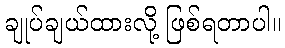
ချုပ်ချယ်ထားလို့ ဖြစ်ရတာပါ။